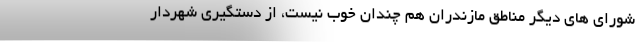
شورای های دیگر مناطق مازندران هم چندان خوب نیست، از دستگیری شهردار